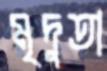
মৃদুতা